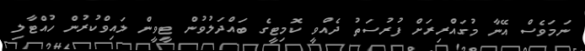
ނަމަވެސް އޭނާ މުގައްރިރަށް ފުރުސަތު ދެއްވީ ކޮމިޓީގެ ބައްދަލުވުން ޓީވީން ލައިވްކުރުން ހުއްޓާލި